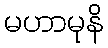
မဟာမုနိ